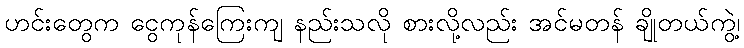
ဟင်းတွေက ငွေကုန်ကြေးကျ နည်းသလို စားလို့လည်း အင်မတန် ချိုတယ်ကွဲ့၊